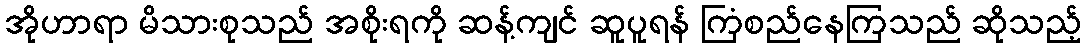
အိုဟာရာ မိသားစုသည် အစိုးရကို ဆန့်ကျင် ဆူပူရန် ကြံစည်နေကြသည် ဆိုသည့်